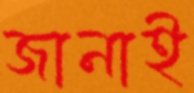
জানাই